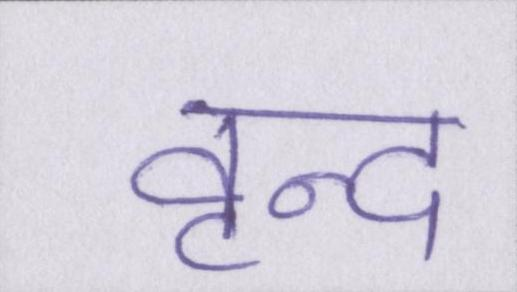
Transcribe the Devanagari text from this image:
वृन्द